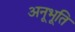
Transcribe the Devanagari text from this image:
अनूभूति